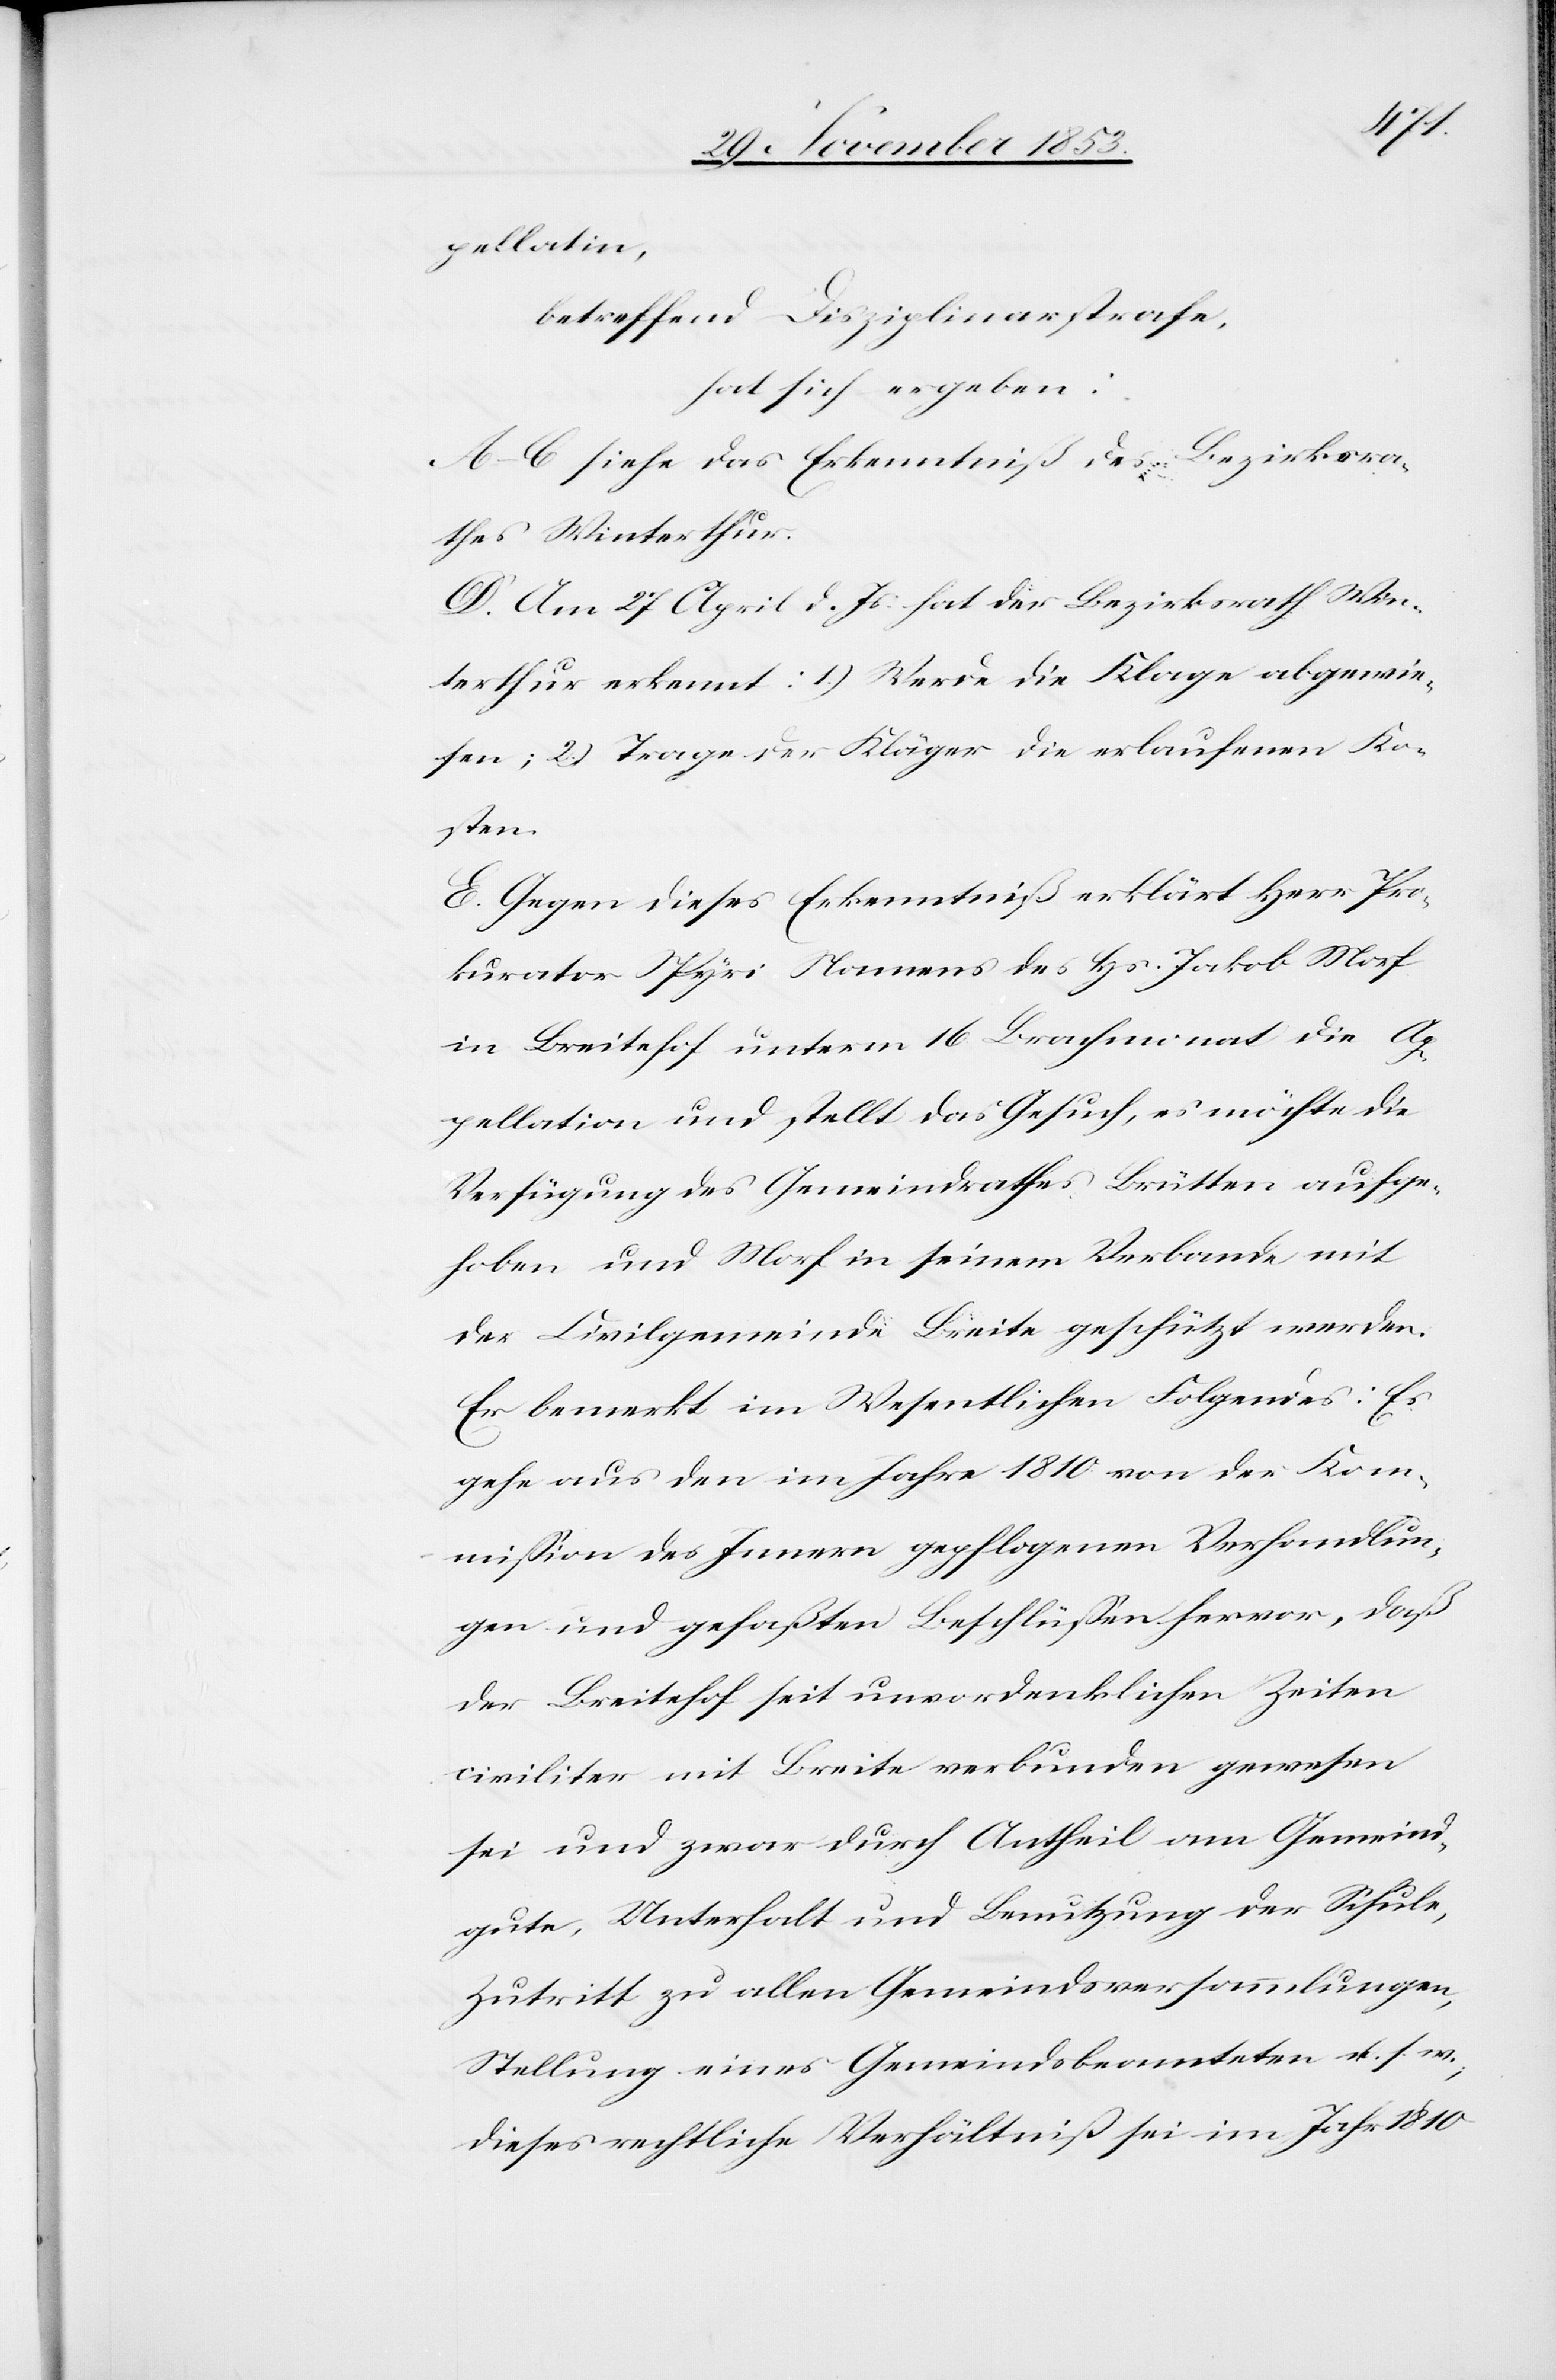
pellation,
betreffend Disziplinarstrafe,
hat sich ergeben:
A–C siehe das Erkenntniß des Bezirksra¬
thes Winterthur:
D. Am 27 April d. Js. hat der Bezirksrath Win¬
terthur erkennt: 1) Werde die Klage abgewie¬
sen; 2) Trage der Kläger die erlaufenen Ko¬
sten.
E. Gegen dieses Erkenntniß erklärt Herr Pro¬
kurator Spyri Namens des Hs. Jakob Morf
in Breitehof unterm 16 Brachmonat die Ap¬
pellation und stellt das Gesuch, es möchte die
Verfügung des Gemeindrathes Brütten ausge¬
hoben und Morf in seinem Verbande mit
der Civilgemeinde Breite geschützt werden.
Er bemerkt im Wesentlichen Folgendes: Es
gehe aus den im Jahre 1810 von der Kom¬
mißion des Innern gepflogenen Verhandlun¬
gen und gefaßten Beschlüßen hervor, daß
der Breitehof seit unvordenklichen Zeiten
civiliter mit Breite verbunden gewesen
sei und zwar durch Antheil am Gemeind¬
gute, Unterhalt und Benutzung der Schule,
Zutritt zu allen Gemeindsversammlungen,
Stellung eines Gemeindsbeamteten u. s. w.,
dieses rechtliche Verhältniß sei im Jahr 1810